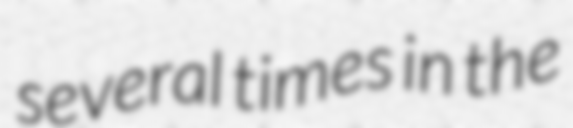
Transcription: several times in the